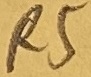
Text: R5